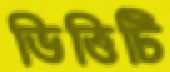
ভিত্তিটি